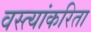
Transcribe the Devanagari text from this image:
वस्त्यांकरिता